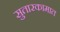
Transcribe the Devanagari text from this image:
सुतारकामात